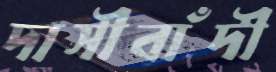
দাসীবাঁদী